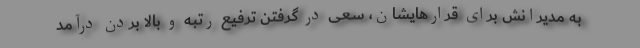
به مدیرانش برای قرار‌هایشان، سعی در گرفتن ترفیع رتبه و بالا بردن درآمد